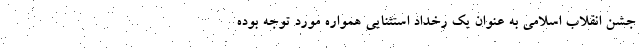
جشن انقلاب اسلامی به عنوان یک رخداد استثنایی همواره مورد توجه بوده